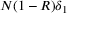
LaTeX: N ( 1 - R ) \delta _ { 1 }